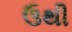
ઉથી